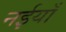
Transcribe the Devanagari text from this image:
नईयाँ